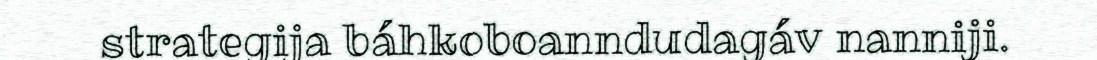
strategija báhkoboanndudagáv nanniji.